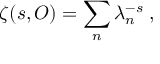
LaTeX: \zeta ( s , { \cal O } ) = \sum _ { n } \lambda _ { n } ^ { - s } \; ,